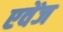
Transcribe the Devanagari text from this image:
एवेंज